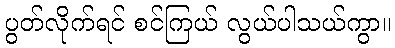
ပွတ်လိုက်ရင် စင်ကြယ် လွယ်ပါသယ်ကွာ။